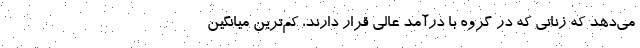
می‌دهد که زنانی که در گروه با درآمد عالی قرار دارند، کم‌ترین میانگین